画像に写った文字を読んでください
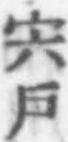
「宍戶」と書いてあります